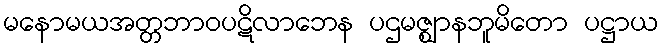
မနောမယအတ္တဘာဝပဋိလာဘေန ပဌမဇ္ဈာနဘူမိတော ပဋ္ဌာယ